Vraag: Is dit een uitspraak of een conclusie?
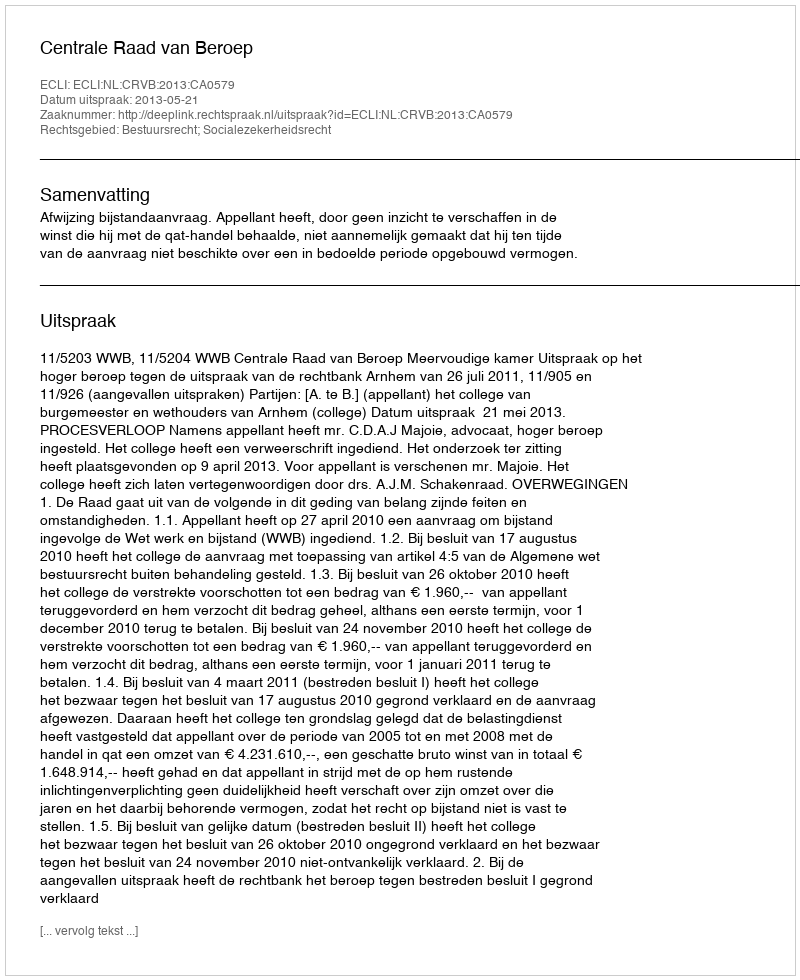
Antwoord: Uitspraak